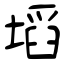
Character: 塪